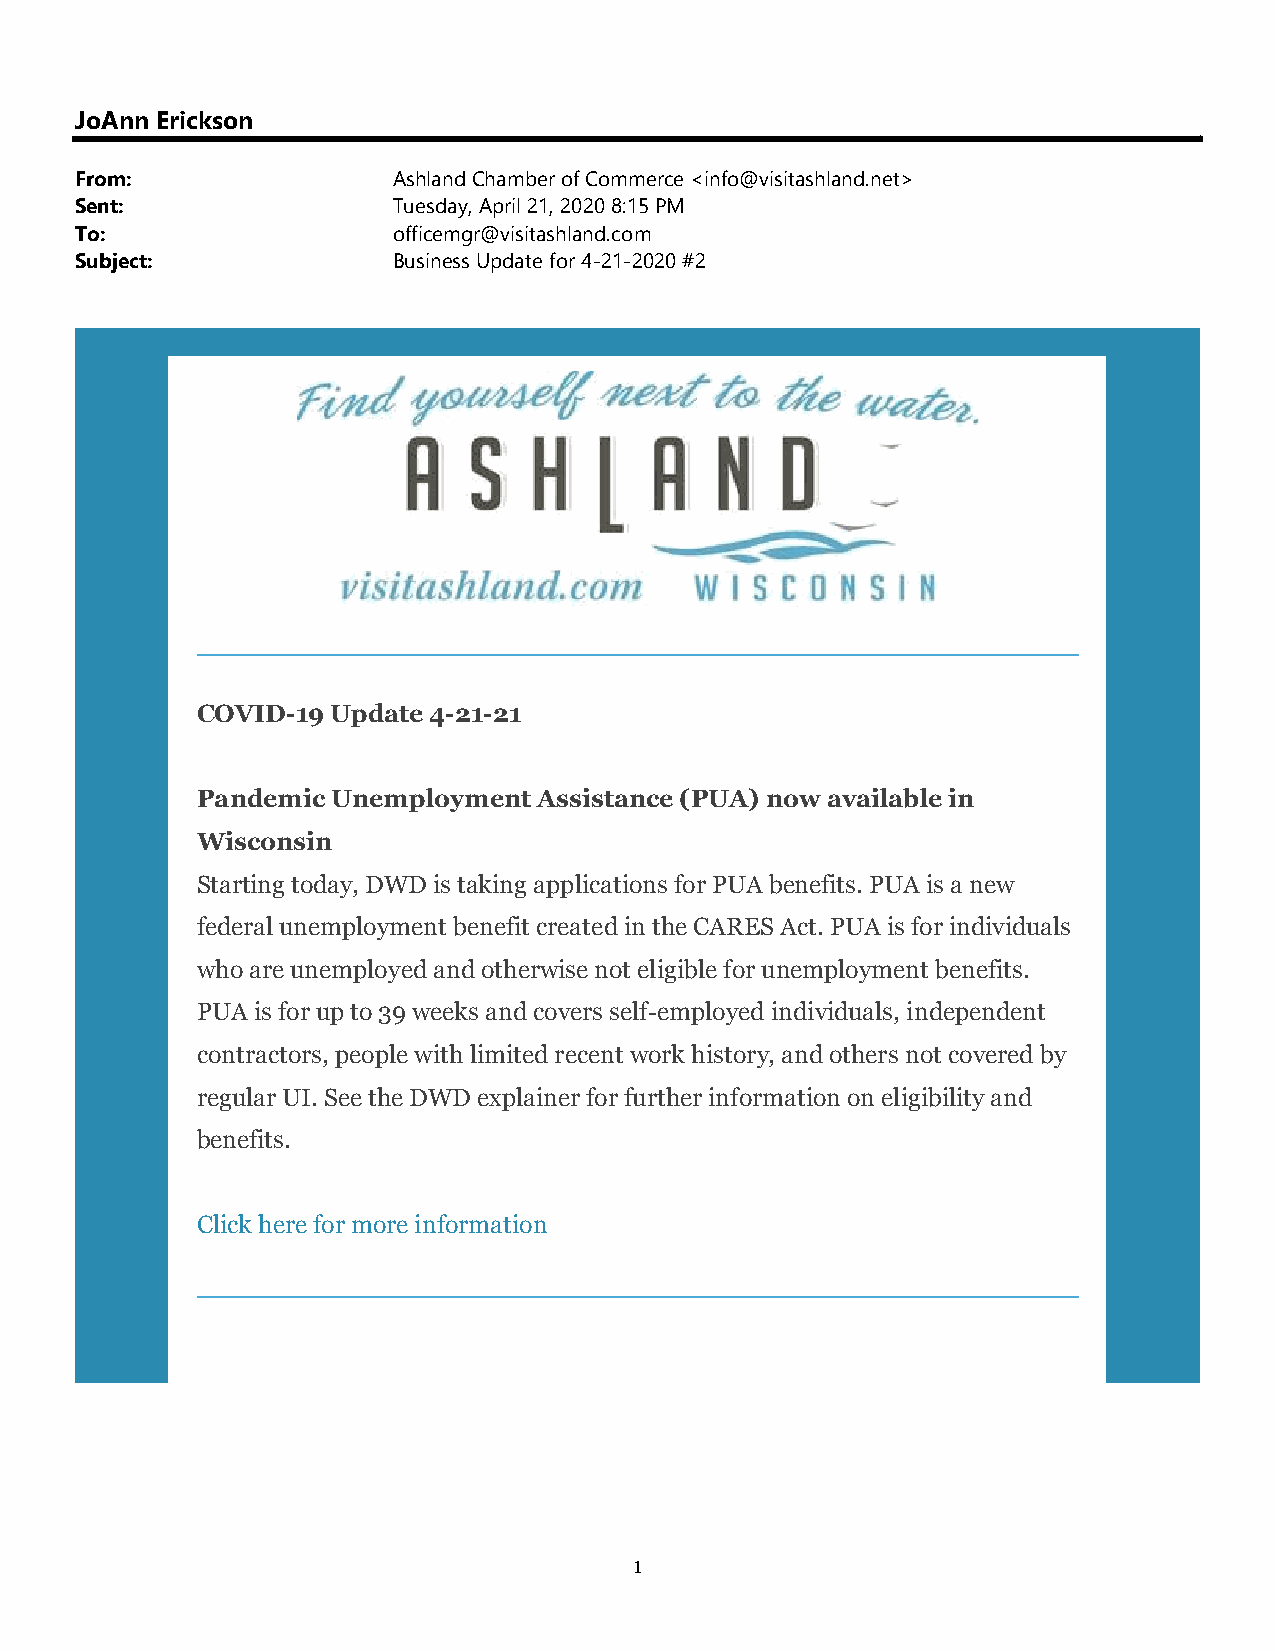
JoAnn Erickson
 From:                Ashland Chamber of Commerce <info@visitashland.net>
 Sent:                Tuesday, April 21, 2020 8:15 PM
 To:                  officemgr@visitashland.com
 Subject:             Business Update for 4-21-2020 #2
 COVID-19 Update 4-21-21
 Pandemic Unemployment  Assistance (PUA) now available in
 Wisconsin
 Starting today, DWD is taking applications for PUA benefits. PUA is a new
 federal unemployment benefit created in the CARES Act. PUA is for individuals
 who are unemployed and otherwise not eligible for unemployment benefits.
 PUA is for up to 39 weeks and covers self-employed individuals, independent
 contractors, people with limited recent work history, and others not covered by
 regular UI. See the DWD explainer for further information on eligibility and
 benefits.
 Click here for more information
 1